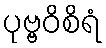
ပုဗ္ဗဝိစိရံ